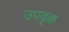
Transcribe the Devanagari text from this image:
उपवृक्क